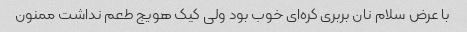
با عرض سلام نان بربری کره‌ای خوب بود ولی کیک هویج طعم نداشت ممنون